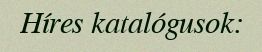
Híres katalógusok: